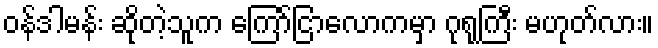
ဝန်ဒါမန်း ဆိုတဲ့သူက ကြော်ငြာလောကမှာ ဂုရုကြီး မဟုတ်လား။